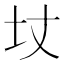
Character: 𡉋